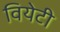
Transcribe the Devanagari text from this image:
वियेटी